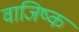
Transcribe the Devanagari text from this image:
वाजिष्क